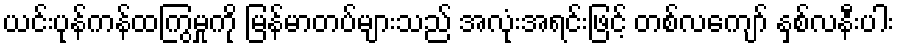
ယင်းပုန်ကန်ထကြွမှုကို မြန်မာတပ်များသည် အလုံးအရင်းဖြင့် တစ်လကျော် နှစ်လနီးပါး